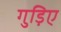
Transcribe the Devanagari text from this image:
गुड़िए